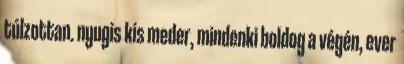
túlzottan. nyugis kis meder, mindenki boldog a végén, ever